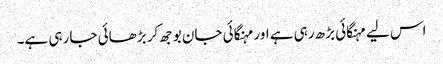
اس لیے مہنگائی بڑھ رہی ہے اور مہنگائی جان بوجھ کر بڑھائی جا رہی ہے۔